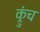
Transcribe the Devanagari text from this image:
क्रुंच